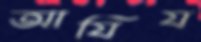
আযিয